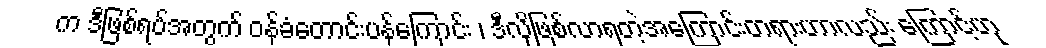
က ဒီဖြစ်ရပ်အတွက် ဝန်ခံတောင်းပန်ကြောင်း ၊ ဒီလိုဖြစ်လာရတဲ့အကြောင်းတရားဟာလည်း ကြောင့်ဟု